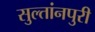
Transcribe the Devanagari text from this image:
सुल्तांनपुरी